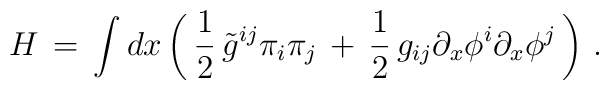
H\, =\, \int dx \left( \, {1\over 2}\, \tilde{g}^{ij} \pi_i \pi_j\, +\, {1\over 2}\, g_{ij} \partial_x \phi^i \partial_x \phi^j \, \right)\, .